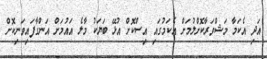
އަދި އެކަމާ މަޝްވަރާކޮށްލުމަށް އެކަމުގައި އިސްކޮށް އުޅޭ ބަޔަކު މާލެ އައުމަށް އަންގާފައިވަނިކޮށް